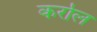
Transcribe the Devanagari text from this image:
कर्राल